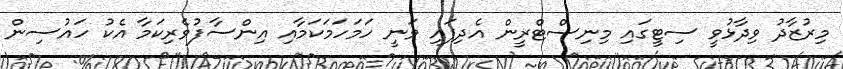
މިރުޒާދު ވިދާޅުވީ ސިޓީގައި މިނިސްޓްރީން އެދިފައި ވަނީ ހަމަހަމަކަމާއި އިންސާފުވެރިކަމާ އެކު ހައުސިން